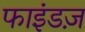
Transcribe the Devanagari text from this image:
फाइंडज़